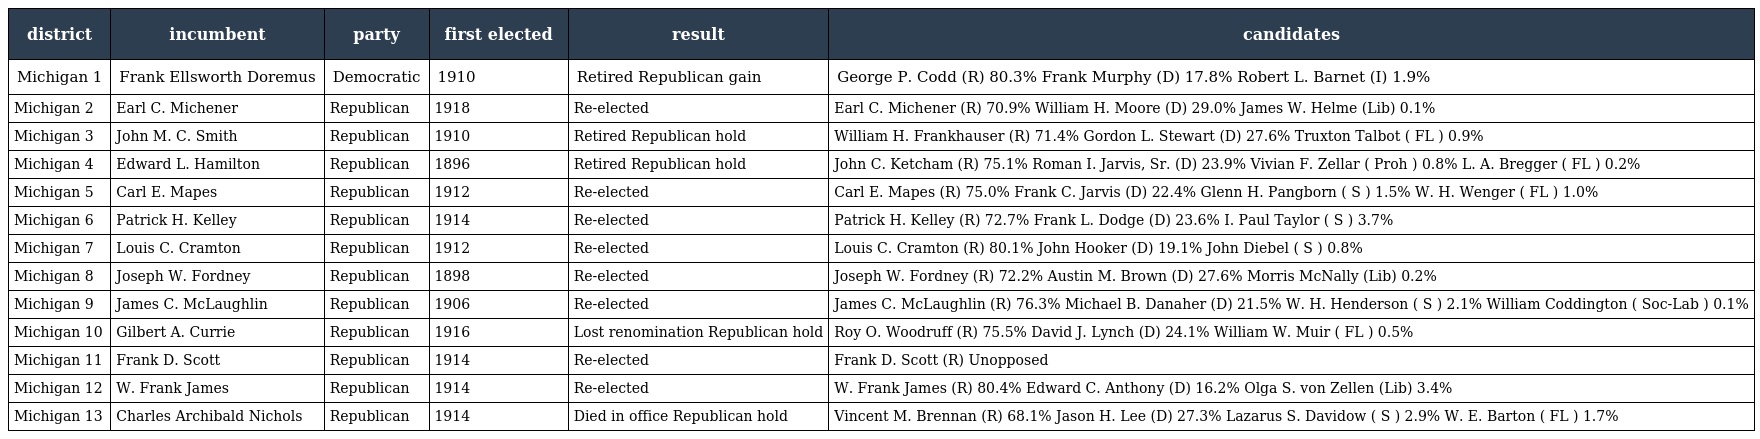
| district | incumbent | party | first elected | result | candidates |
 | --- | --- | --- | --- | --- | --- |
 | Michigan 1 | Frank Ellsworth Doremus | Democratic | 1910 | Retired Republican gain | George P. Codd (R) 80.3% Frank Murphy (D) 17.8% Robert L. Barnet (I) 1.9% |
 | Michigan 2 | Earl C. Michener | Republican | 1918 | Re-elected | Earl C. Michener (R) 70.9% William H. Moore (D) 29.0% James W. Helme (Lib) 0.1% |
 | Michigan 3 | John M. C. Smith | Republican | 1910 | Retired Republican hold | William H. Frankhauser (R) 71.4% Gordon L. Stewart (D) 27.6% Truxton Talbot ( FL ) 0.9% |
 | Michigan 4 | Edward L. Hamilton | Republican | 1896 | Retired Republican hold | John C. Ketcham (R) 75.1% Roman I. Jarvis, Sr. (D) 23.9% Vivian F. Zellar ( Proh ) 0.8% L. A. Bregger ( FL ) 0.2% |
 | Michigan 5 | Carl E. Mapes | Republican | 1912 | Re-elected | Carl E. Mapes (R) 75.0% Frank C. Jarvis (D) 22.4% Glenn H. Pangborn ( S ) 1.5% W. H. Wenger ( FL ) 1.0% |
 | Michigan 6 | Patrick H. Kelley | Republican | 1914 | Re-elected | Patrick H. Kelley (R) 72.7% Frank L. Dodge (D) 23.6% I. Paul Taylor ( S ) 3.7% |
 | Michigan 7 | Louis C. Cramton | Republican | 1912 | Re-elected | Louis C. Cramton (R) 80.1% John Hooker (D) 19.1% John Diebel ( S ) 0.8% |
 | Michigan 8 | Joseph W. Fordney | Republican | 1898 | Re-elected | Joseph W. Fordney (R) 72.2% Austin M. Brown (D) 27.6% Morris McNally (Lib) 0.2% |
 | Michigan 9 | James C. McLaughlin | Republican | 1906 | Re-elected | James C. McLaughlin (R) 76.3% Michael B. Danaher (D) 21.5% W. H. Henderson ( S ) 2.1% William Coddington ( Soc-Lab ) 0.1% |
 | Michigan 10 | Gilbert A. Currie | Republican | 1916 | Lost renomination Republican hold | Roy O. Woodruff (R) 75.5% David J. Lynch (D) 24.1% William W. Muir ( FL ) 0.5% |
 | Michigan 11 | Frank D. Scott | Republican | 1914 | Re-elected | Frank D. Scott (R) Unopposed |
 | Michigan 12 | W. Frank James | Republican | 1914 | Re-elected | W. Frank James (R) 80.4% Edward C. Anthony (D) 16.2% Olga S. von Zellen (Lib) 3.4% |
 | Michigan 13 | Charles Archibald Nichols | Republican | 1914 | Died in office Republican hold | Vincent M. Brennan (R) 68.1% Jason H. Lee (D) 27.3% Lazarus S. Davidow ( S ) 2.9% W. E. Barton ( FL ) 1.7% |